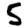
Digit: 5